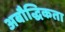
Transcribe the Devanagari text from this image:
अबौद्धिकता